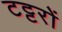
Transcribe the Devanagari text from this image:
टट्टरों